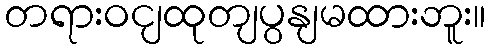
တရားဝငျထုတျပွနျမထားဘူး။